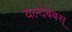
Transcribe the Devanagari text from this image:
वल्देबेबस्